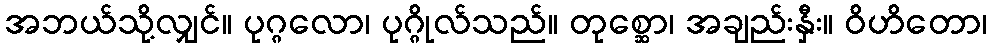
အဘယ်သို့လျှင်။ ပုဂ္ဂလော၊ ပုဂ္ဂိုလ်သည်။ တုစ္ဆော၊ အချည်းနှီး။ ဝိဟိတော၊